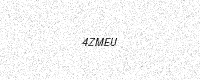
Text: 4ZMEU